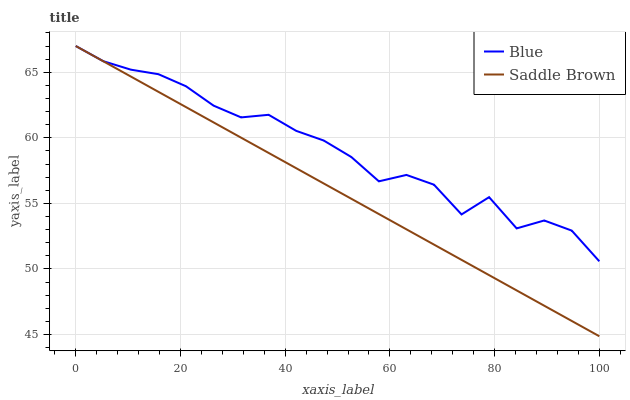
| xaxis_label | Blue | Saddle Brown |
 | --- | --- | --- |
 | 0 | 67 | 67 |
 | 5.26 | 65.8 | 65.8 |
 | 10.5 | 65.2 | 64.7 |
 | 15.8 | 64.9 | 63.5 |
 | 21.1 | 63.9 | 62.3 |
 | 26.3 | 62.5 | 61.2 |
 | 31.6 | 61.6 | 60 |
 | 36.8 | 61.8 | 58.8 |
 | 42.1 | 60.5 | 57.7 |
 | 47.4 | 59.8 | 56.5 |
 | 52.6 | 58.5 | 55.4 |
 | 57.9 | 56.7 | 54.2 |
 | 63.2 | 57.2 | 53 |
 | 68.4 | 56.4 | 51.9 |
 | 73.7 | 54.2 | 50.7 |
 | 78.9 | 55.5 | 49.5 |
 | 84.2 | 53.1 | 48.4 |
 | 89.5 | 53.7 | 47.2 |
 | 94.7 | 52.9 | 46 |
 | 100 | 50.6 | 44.9 |